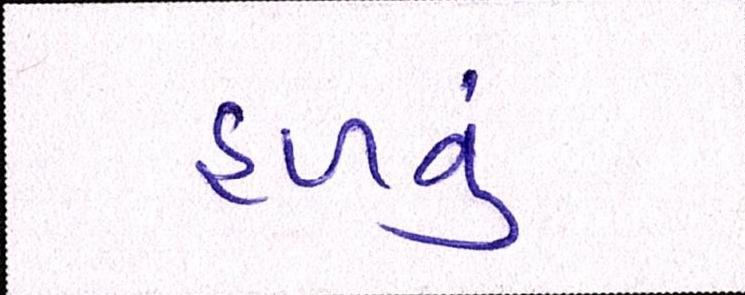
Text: હળવું